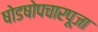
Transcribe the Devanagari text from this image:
षोडषोपचारपूजा